Malarial fevers
Disease focus: Malaria
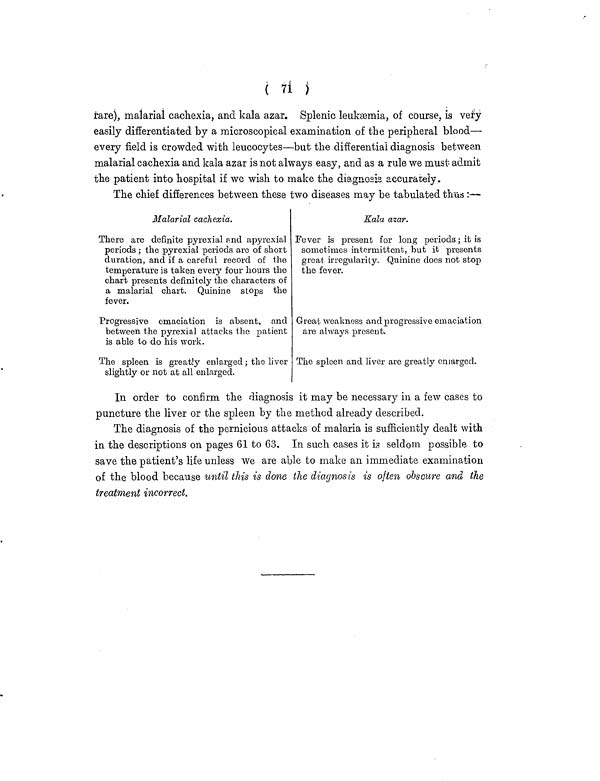
( 71 )
rare), malarial cachexia, and kala azar. Splenic leukæmia, of course, is very
easily differentiated by a microscopical examination of the peripheral blood—
every field is crowded with leucocytes—but the differential diagnosis between
malarial cachexia and kala azar is not always easy, and as a rule we must admit
the patient into hospital if we wish to make the diagnosis accurately.
The chief differences between these two diseases may be tabulated thus:—
Malarial cachexia.
There are definite pyrexial and apyrexial
periods ; the pyrexial periods are of short
duration, and if a careful record of the
temperature is taken every four hours the
chart presents definitely the characters of
a malarial chart. Quinine stops the
fever.
Progressive emaciation is absent, and
between the pyrexial attacks the patient
is able to do his work.
The spleen is greatly enlarged; the liver
slightly or not at all enlarged.
Kala azar.
Fever is present for long periods ; it is
sometimes intermittent, but it presents
great irregularity. Quinine does not stop
the fever.
Great weakness and progressive emaciation
are always present.
The spleen and liver are greatly enlarged.
In order to confirm the diagnosis it may be necessary in a few cases to
puncture the liver or the spleen by the method already described.
The diagnosis of the pernicious attacks of malaria is sufficiently dealt with
in the descriptions on pages 61 to 63. In such cases it is seldom possible to
save the patient's life unless we are able to make an immediate examination
of the blood because until this is done the diagnosis is often obscure and the
treatment incorrect.